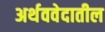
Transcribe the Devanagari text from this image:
अर्थववेदातील